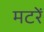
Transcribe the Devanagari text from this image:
मटरें